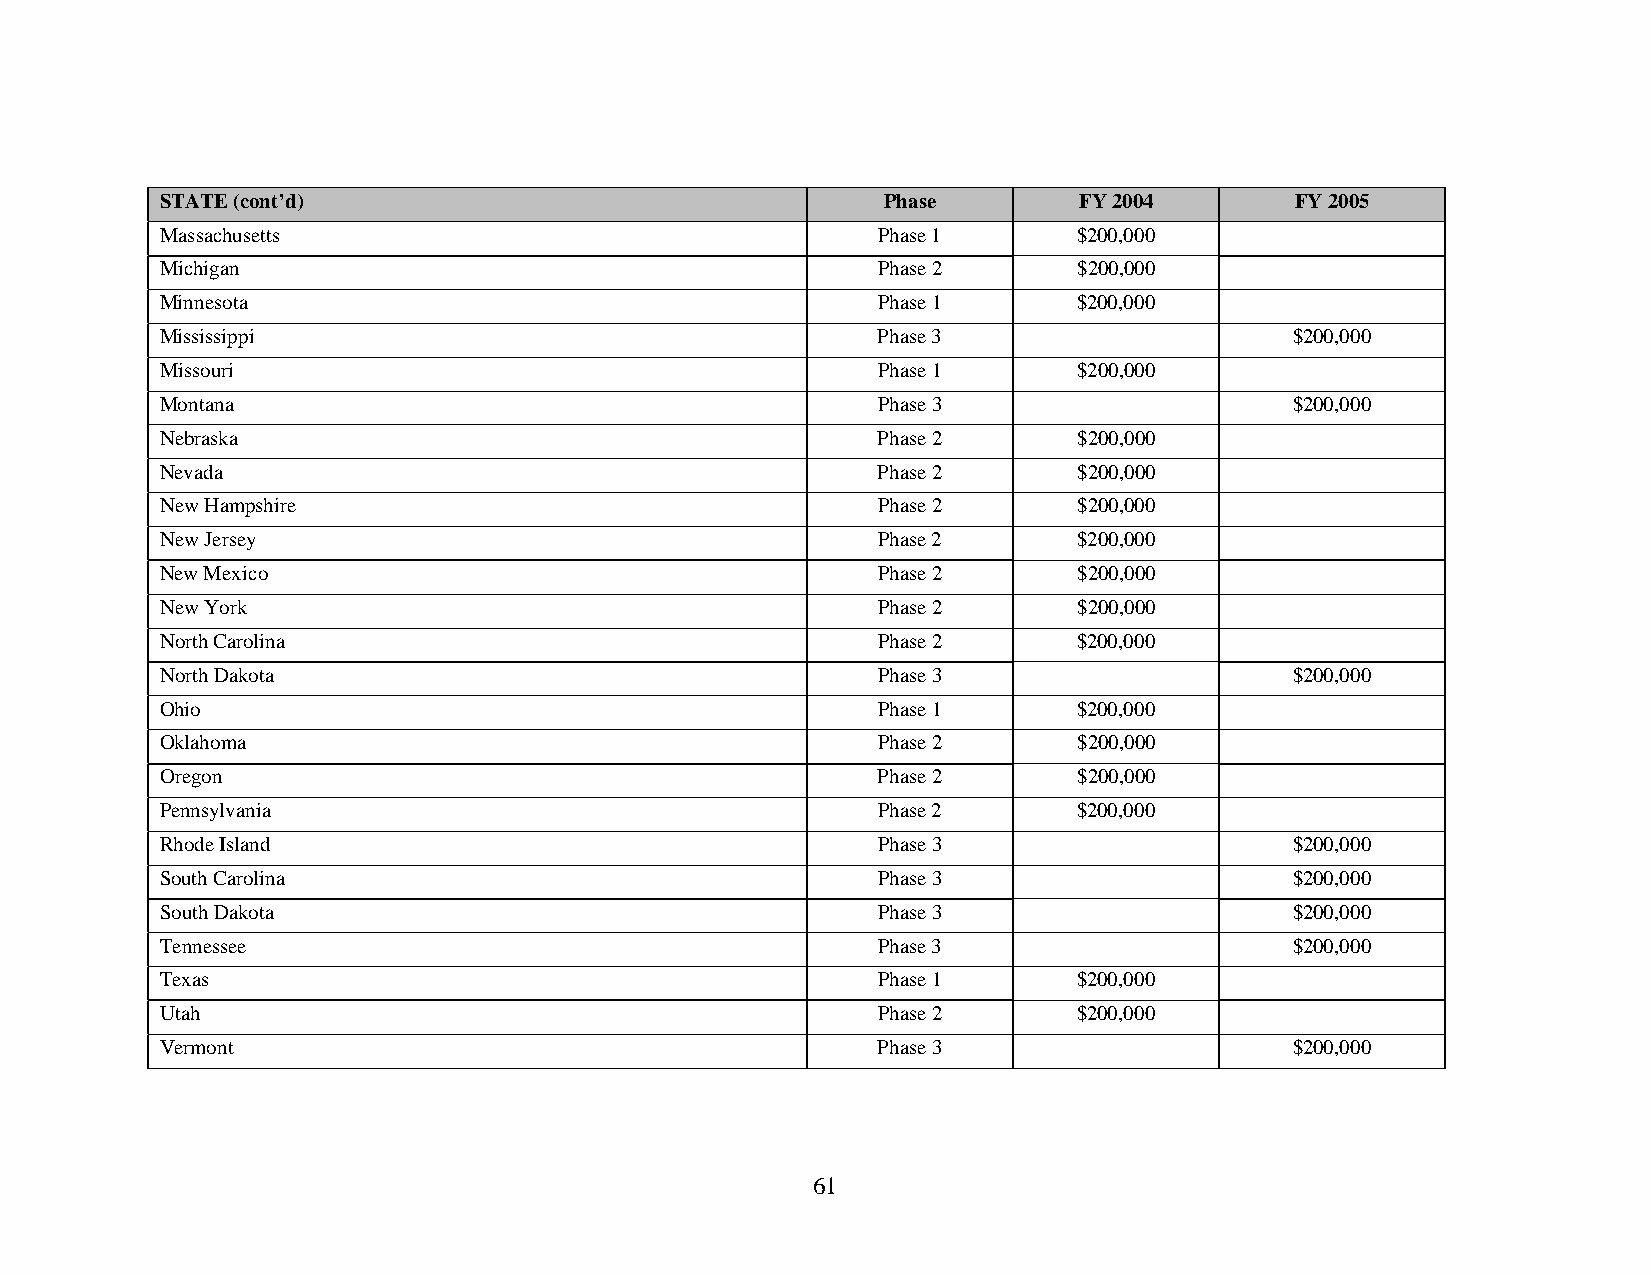
STATE (cont’d)                                 Phase        FY 2004        FY 2005
 Massachusetts                                  Phase 1      $200,000
 Michigan                                       Phase 2      $200,000
 Minnesota                                      Phase 1      $200,000
 Mississippi                                    Phase 3                     $200,000
 Missouri                                       Phase 1      $200,000
 Montana                                        Phase 3                     $200,000
 Nebraska                                       Phase 2      $200,000
 Nevada                                         Phase 2      $200,000
 New Hampshire                                  Phase 2      $200,000
 New Jersey                                     Phase 2      $200,000
 New Mexico                                     Phase 2      $200,000
 New York                                       Phase 2      $200,000
 North Carolina                                 Phase 2      $200,000
 North Dakota                                   Phase 3                     $200,000
 Ohio                                           Phase 1      $200,000
 Oklahoma                                       Phase 2      $200,000
 Oregon                                         Phase 2      $200,000
 Pennsylvania                                   Phase 2      $200,000
 Rhode Island                                   Phase 3                     $200,000
 South Carolina                                 Phase 3                     $200,000
 South Dakota                                   Phase 3                     $200,000
 Tennessee                                      Phase 3                     $200,000
 Texas                                          Phase 1      $200,000
 Utah                                           Phase 2      $200,000
 Vermont                                        Phase 3                     $200,000
 61